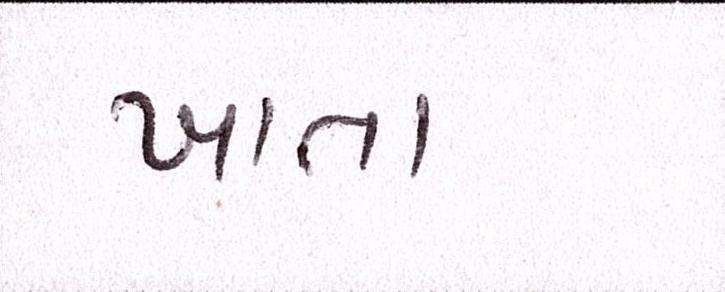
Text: ખાતા